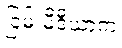
ငြမ်းမီဒီယာက